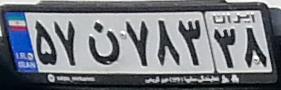
۵۷ن۷۸۳۳۸